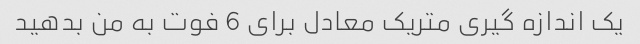
یک اندازه گیری متریک معادل برای 6 فوت به من بدهید